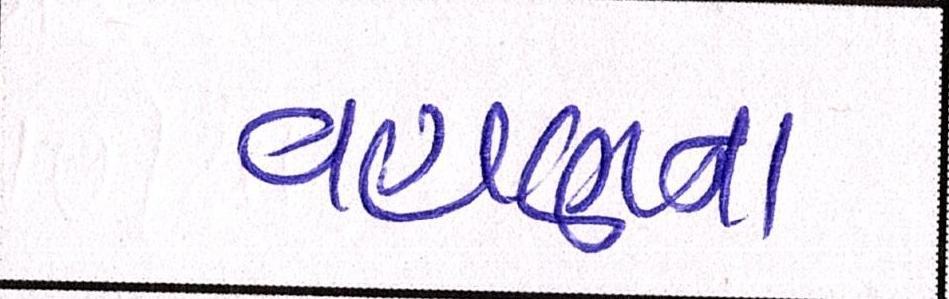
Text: વહાણના